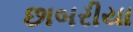
છાબરીયા